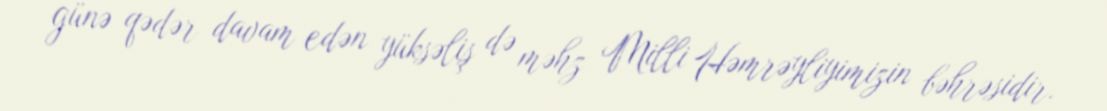
günə qədər davam edən yüksəliş də məhz Milli Həmrəyliyimizin bəhrəsidir.